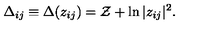
\Delta _ { i j } \equiv \Delta ( z _ { i j } ) = \mathcal { Z } + \ln | z _ { i j } | ^ { 2 } .